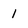
Character: 1